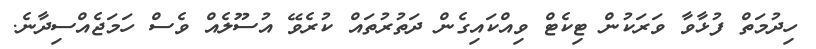
ހިދުމަތް ފުޅާވާ ވަރަކުން ޓިކެޓް ވިއްކައިގެން ދަތުރުތައް ކުރެވޭ އުސޫލެއް ވެސް ހަމަޖެއްސިދާނެ.